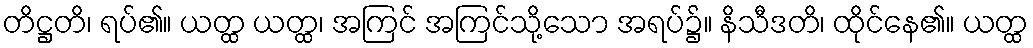
တိဋ္ဌတိ၊ ရပ်၏။ ယတ္ထ ယတ္ထ၊ အကြင် အကြင်သို့သော အရပ်၌။ နိသီဒတိ၊ ထိုင်နေ၏။ ယတ္ထ